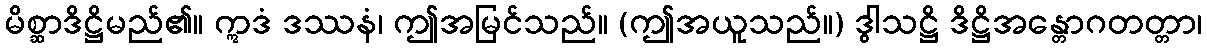
မိစ္ဆာဒိဋ္ဌိမည်၏။ ဣဒံ ဒဿနံ၊ ဤအမြင်သည်။ (ဤအယူသည်။) ဒွါသဋ္ဌိ ဒိဋ္ဌိအန္တောဂတတ္တာ၊